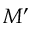
M ^ { \prime }